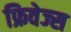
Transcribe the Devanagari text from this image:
फ्रिवेज्स